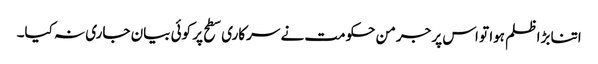
اتنا بڑا ظلم ہوا تو اس پر جرمن حکومت نے سرکاری سطح پر کوئی بیان جاری نہ کیا۔